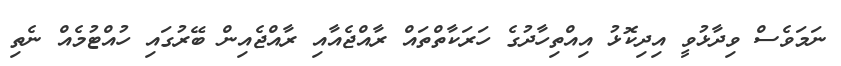
ނަމަވެސް ވިދާޅުވީ އިދިކޮޅު އިއްތިހާދުގެ ހަރަކާތްތައް ރާއްޖެއާއި ރާއްޖެއިން ބޭރުގައި ހުއްޓުމެއް ނެތި